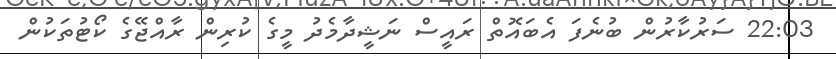
22:03 ސަރުކާރުން ބުނެފަ އެބައޮތް ރައީސް ނަޝީދާމެދު މީގެ ކުރިން ރާއްޖޭގެ ކޯޓުތަކުން